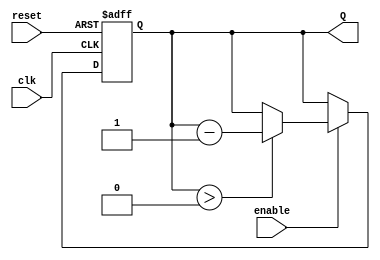
module binary_down_counter #(
    parameter N = 4 // Number of bits for the counter
)(
    input wire clk,          // Clock input
    input wire reset,        // Asynchronous reset input
    input wire enable,       // Enable input
    output reg [N-1:0] Q     // Counter output
);

    // Maximum count value (2^N - 1)
    localparam MAX_COUNT = (1 << N) - 1;

    // Initial state of the counter
    initial begin
        Q = MAX_COUNT; // Initialize counter to maximum value
    end

    // Sequential logic for the counter
    always @(posedge clk or posedge reset) begin
        if (reset) begin
            Q <= MAX_COUNT; // Reset the counter to maximum value
        end else if (enable) begin
            if (Q > 0) begin
                Q <= Q - 1; // Decrement the counter
            end
            // If Q is 0, it stays at 0 on further clock cycles
        end
    end

endmodule